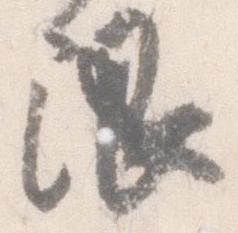
限